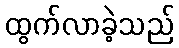
ထွက်လာခဲ့သည်